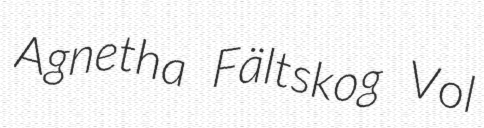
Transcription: Agnetha Fältskog Vol